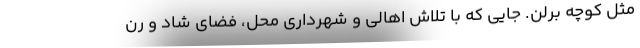
مثل کوچه برلن. جایی که با تلاش اهالی و شهرداری محل، فضای شاد و رن